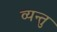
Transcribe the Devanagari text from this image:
व्यन्तु